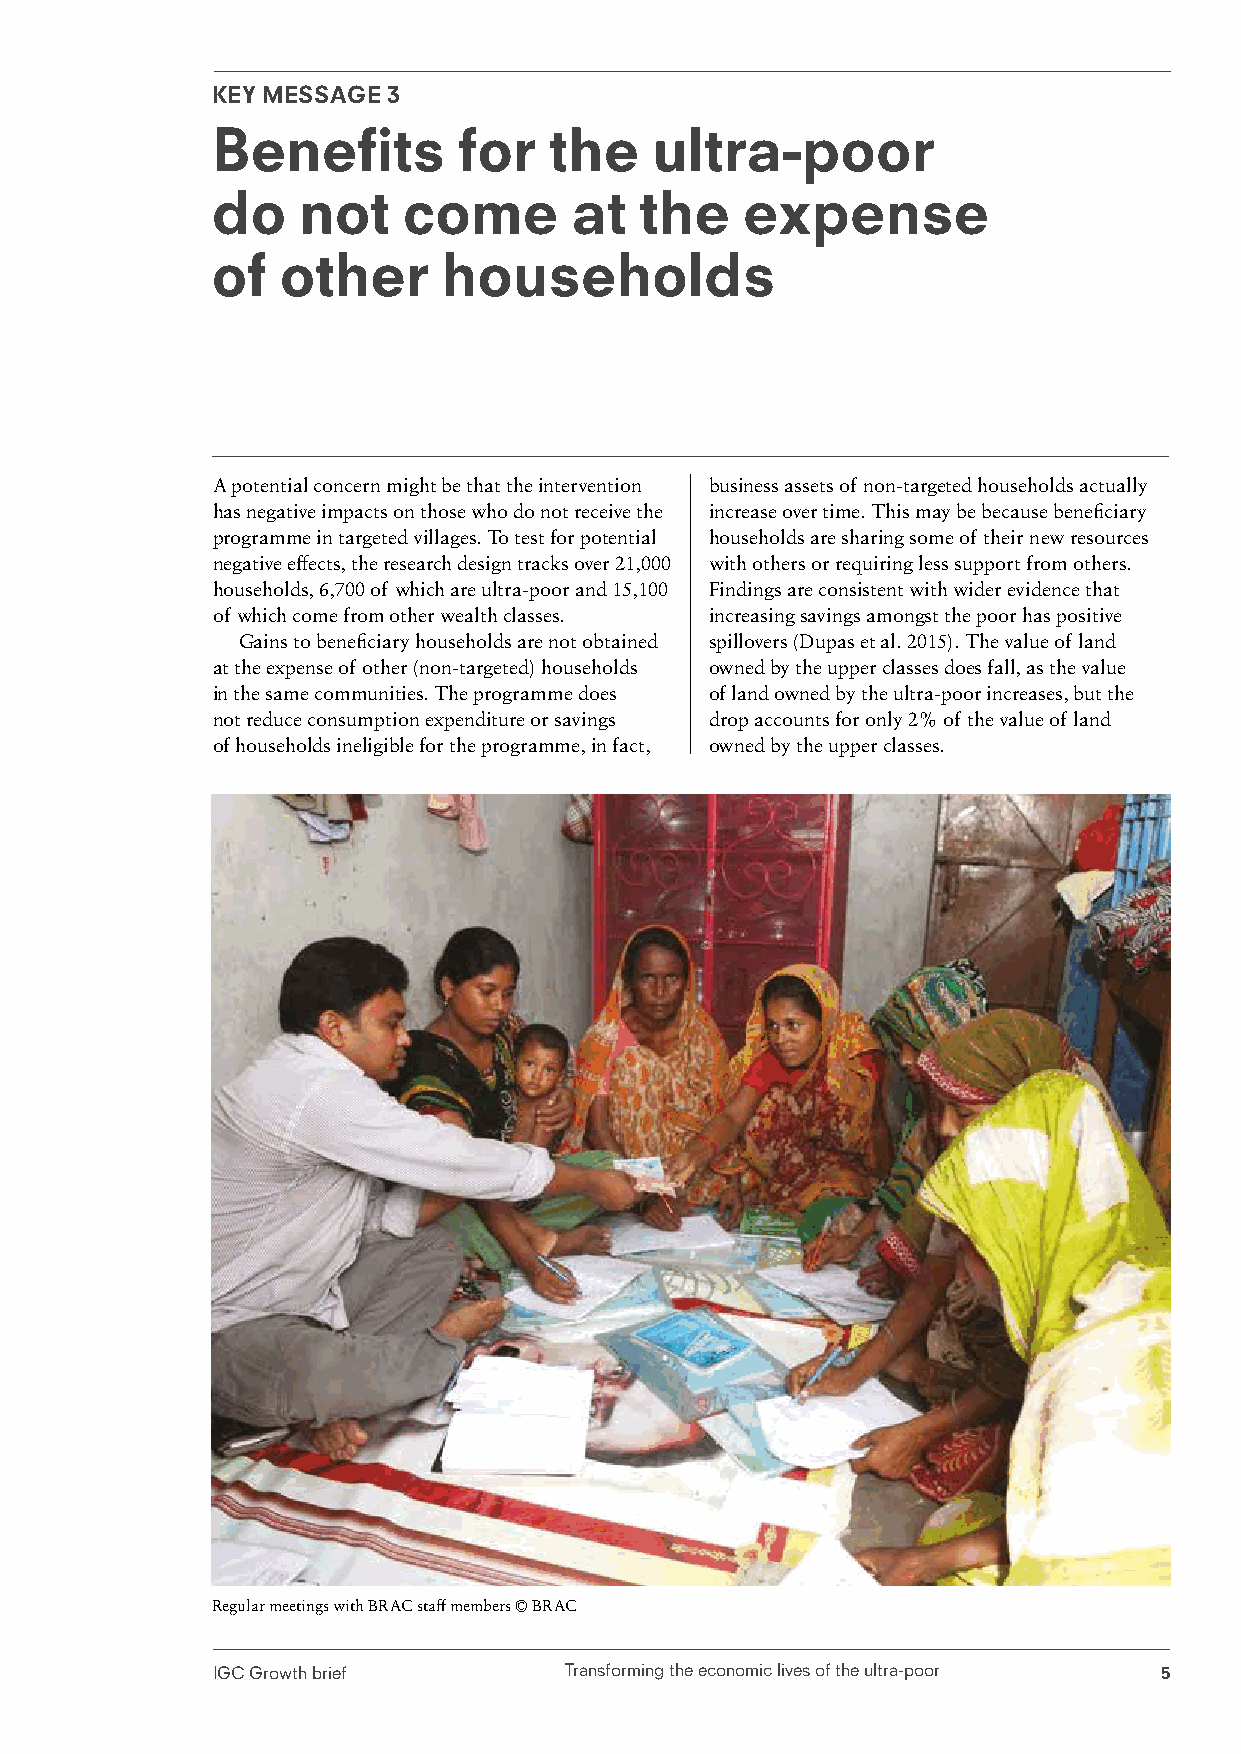
KEY MESSAGE 3
 Benefits        for   the    ultra-poor
 do    not    come       at  the    expense
 of   other     households
 A potential concern might be that the intervention business assets of non-targeted households actually
 has negative impacts on those who do not receive the increase over time. This may be because beneficiary
 programme in targeted villages. To test for potential households are sharing some of their new resources
 negative effects, the research design tracks over 21,000 with others or requiring less support from others.
 households, 6,700 of which are ultra-poor and 15,100 Findings are consistent with wider evidence that
 of which come from other wealth classes. increasing savings amongst the poor has positive
 Gains to beneficiary households are not obtained spillovers (Dupas et al. 2015). The value of land
 at the expense of other (non-targeted) households owned by the upper classes does fall, as the value
 in the same communities. The programme does of land owned by the ultra-poor increases, but the
 not reduce consumption expenditure or savings drop accounts for only 2% of the value of land
 of households ineligible for the programme, in fact, owned by the upper classes.
 Regular meetings with BRAC staff members © BRAC
 IGC Growth brief       Transforming the economic lives of the ultra-poor 5